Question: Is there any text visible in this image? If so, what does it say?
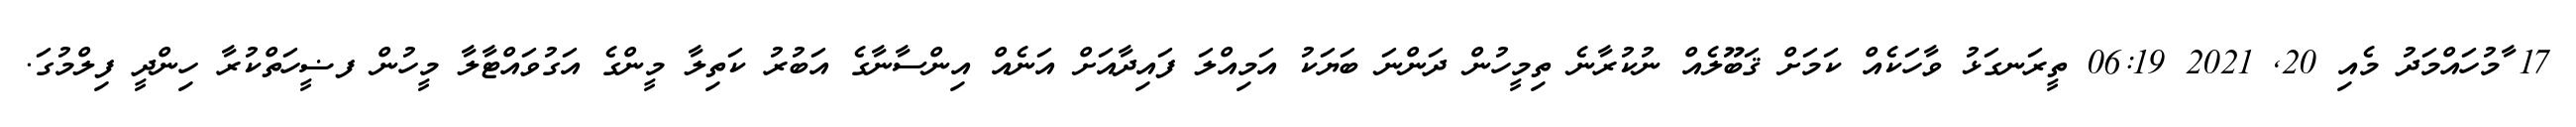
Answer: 17 ާމުހައްމަދު މެއި 20, 2021 06:19 ތީރަނގަޅު ވާހަކެއް ކަމަށް ޤަބޫލެއް ނުކުރާނެ ތިމީހުން ދަންނަ ބަޔަކު އަމިއްލަ ފައިދާއަށް އަނެއް އިންސާނާގެ އަބުރު ކަތިލާ މީންގެ އަގުވައްޓާލާ މީހުން ފޟީހަތްކުރާ ހިންދީ ފިލްމުގަ.